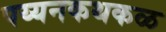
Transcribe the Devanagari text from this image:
पय्यनकथकळ